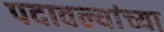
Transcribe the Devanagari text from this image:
पदावल्यांच्या